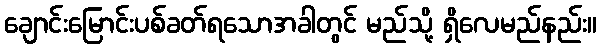
ချောင်းမြောင်းပစ်ခတ်ရသောအခါတွင် မည်သို့ ရှိလေမည်နည်း။